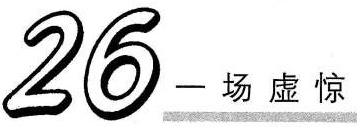
26一场虚惊